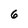
Character: 6